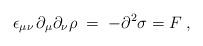
LaTeX: \begin{align*} \epsilon_{\mu\nu} \, \partial_\mu \partial_\nu \rho \;=\; - \partial^2 \sigma = F\;,\end{align*}